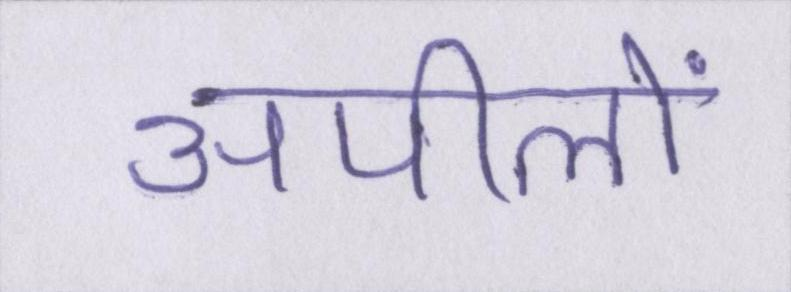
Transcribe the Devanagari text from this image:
अपीलों